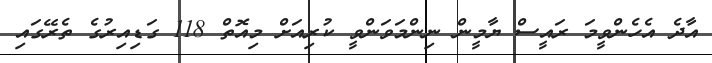
އާދެ އެހެންވީމަ ރައީސް ޔާމީން ނިންމަވަންވީ ކުރިއަށް މިއޮތް 118 ގަޑިއިރުގެ ތެރޭގައި